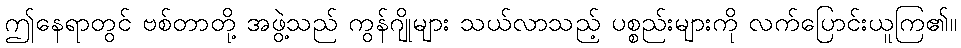
ဤနေရာတွင် ဗစ်တာတို့ အဖွဲ့သည် ကွန်ဂျိုများ သယ်လာသည့် ပစ္စည်းများကို လက်ပြောင်းယူကြ၏။